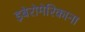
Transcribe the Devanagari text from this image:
इबेरोमेरिकाना